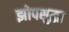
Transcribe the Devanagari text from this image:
झोपसुद्धा